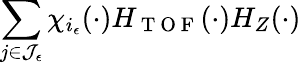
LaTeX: \sum_{j\in\mathcal{J}_{\epsilon}}\chi_{i_{\epsilon}}(\cdot)H_{\mathrm{~T~O~F~}}(\cdot)H_{Z}(\cdot)